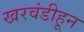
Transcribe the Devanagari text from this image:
खरवंडीहून